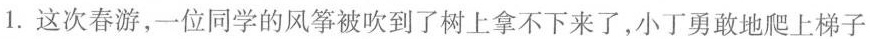
1.这次春游，一位同学的风筝被吹到了树上拿不下来了，小丁勇敢地爬上梯子